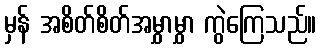
မှန် အစိတ်စိတ်အမွှာမွှာ ကွဲကြေသည်။